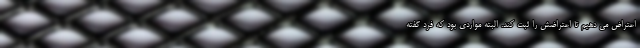
اعتراض می دهیم تا اعتراضش را ثبت کند. البته مواردی بود که فرد گفته